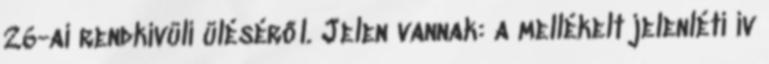
26-ai rendkívüli üléséről. Jelen vannak: a mellékelt jelenléti ív